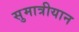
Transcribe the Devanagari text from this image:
सुमात्रीयान